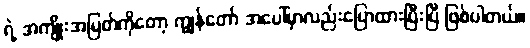
ရဲ့ အကျိုးအမြတ်ကိုတော့ ကျွန်တော် အပေါ်မှာလည်းပြောထားပြီးပြီ ဖြစ်ပါတယ်။